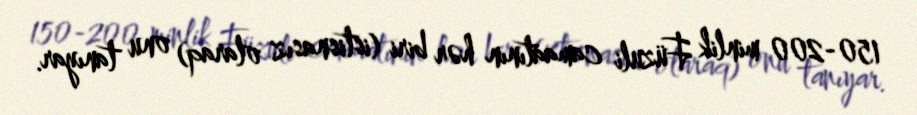
150-200 minlik Füzuli camaatının hər biri (istisnasız olaraq) onu tanıyar.